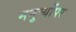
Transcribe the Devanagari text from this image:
मनुष्योंपर